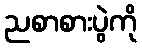
ညစာစားပွဲကို